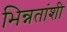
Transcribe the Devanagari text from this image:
भिन्नतांशी